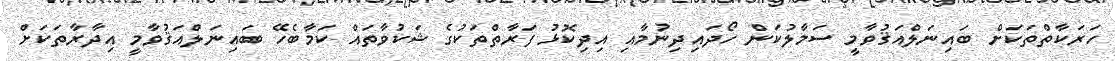
ހަރަކާތްތަކަށް ބައިނަލްއަޤުވާމީ ސަމާލުކަން ހޯދައިދިނުމާއި އިދިކޮޅު ފަރާތްތަކުގެ ޝަކުވާތައް ކަމާބެހޭ ބައިނަލްއަޤުވާމީ އިދާރާތަކަށް